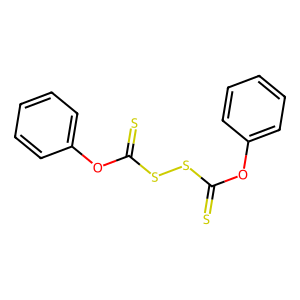
SMILES: S=C(Oc1ccccc1)SSC(=S)Oc1ccccc1
Inhibits HIV replication: No